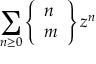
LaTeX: \sum _ { n \geq 0 } \left\{ { \begin{array} { l } { n } \\ { m } \end{array} } \right\} z ^ { n }